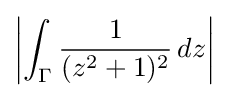
\left|\int _{\Gamma }{\frac {1}{(z^{2}+1)^{2}}}\,dz\right|